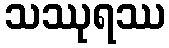
သဿုရဿ